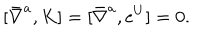
[ \bar { \nabla } ^ { a } , K ] = [ \bar { \nabla } ^ { a } , e ^ { U } ] = 0 .